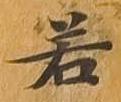
若